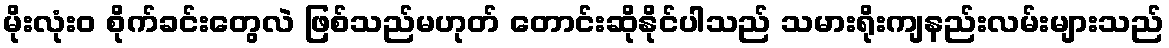
မိုးလုံး၀ စိုက်ခင်းတွေလဲ ဖြစ်သည်မဟုတ် တောင်းဆိုနိုင်ပါသည် သမားရိုးကျနည်းလမ်းများသည်